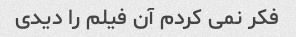
فکر نمی کردم آن فیلم را دیدی